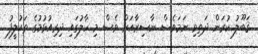
ޤަބޫލު ކުރަން ދަތިވި ނަމަވެސް ނާސިރާއަށް ވެސް މި ހާލުގައި ދިރިއުޅުމުގެ ތަކުލީފު